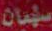
سلیمان